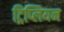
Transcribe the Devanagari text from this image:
ट्रिप्लियन